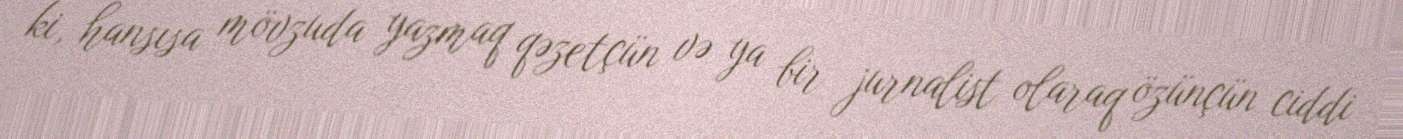
ki, hansısa mövzuda yazmaq qəzetçün və ya bir jurnalist olaraq özünçün ciddi